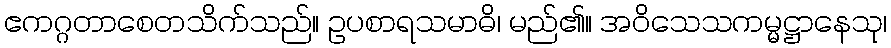
ဧကဂ္ဂတာစေတသိက်သည်။ ဥပစာရသမာဓိ၊ မည်၏။ အဝိသေသကမ္မဋ္ဌာနေသု၊